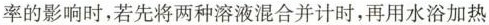
率的影响时，若先将两种溶液混合并计时，再用水浴加热